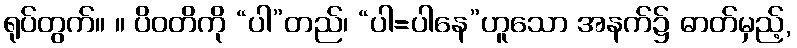
ရုပ်တွက်။ ။ ပိဝတိကို “ပါ”တည်၊ “ပါ=ပါနေ”ဟူသော အနက်၌ ဓာတ်မှည့်,